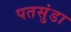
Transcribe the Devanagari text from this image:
पतसुंडा